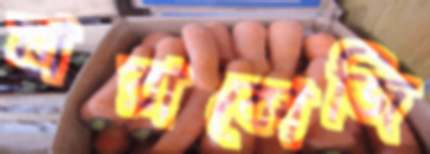
নারাকোজি